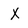
Character: X